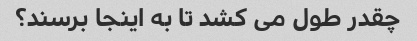
چقدر طول می کشد تا به اینجا برسند؟